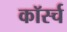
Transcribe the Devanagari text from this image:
कॉर्स्च